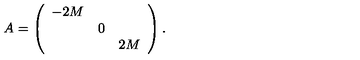
A = \left( \begin{array} { c c c } { - 2 M } & { } & { } \\ { } & { 0 } & { } \\ { } & { } & { 2 M } \\ \end{array} \right) .